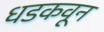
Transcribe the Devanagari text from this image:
धडकवून